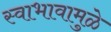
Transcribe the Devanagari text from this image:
स्वाभावामुळे